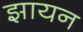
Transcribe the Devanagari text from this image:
झायन